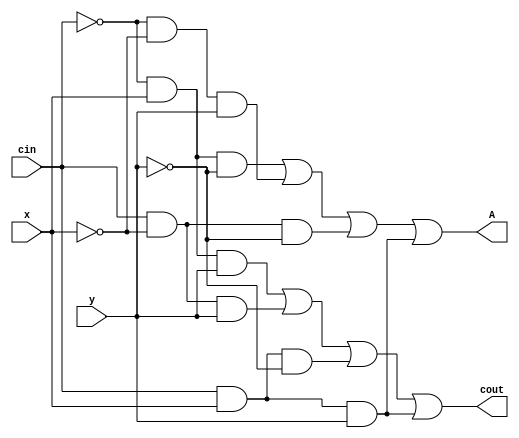
/* 
Full Adder Module for bit Addition 
*/
module fulladder
(
 input x,
 input y,
 input cin,
 
 output A, 
 output cout
 );
 

assign A =  ((~cin) & x &(~y)) | ((~cin) &(~x)&y ) | (cin &(~x) &(~y)) | (cin & x & y)     ;
assign cout = ((~cin) & x &y) | ((cin) &(~x)&y ) | (cin &(x) &(~y)) | (cin & x & y)  ;
 
endmodule